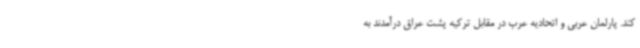
کند. پارلمان عربی و اتحادیه عرب در مقابل ترکیه پشت عراق درآمدند به